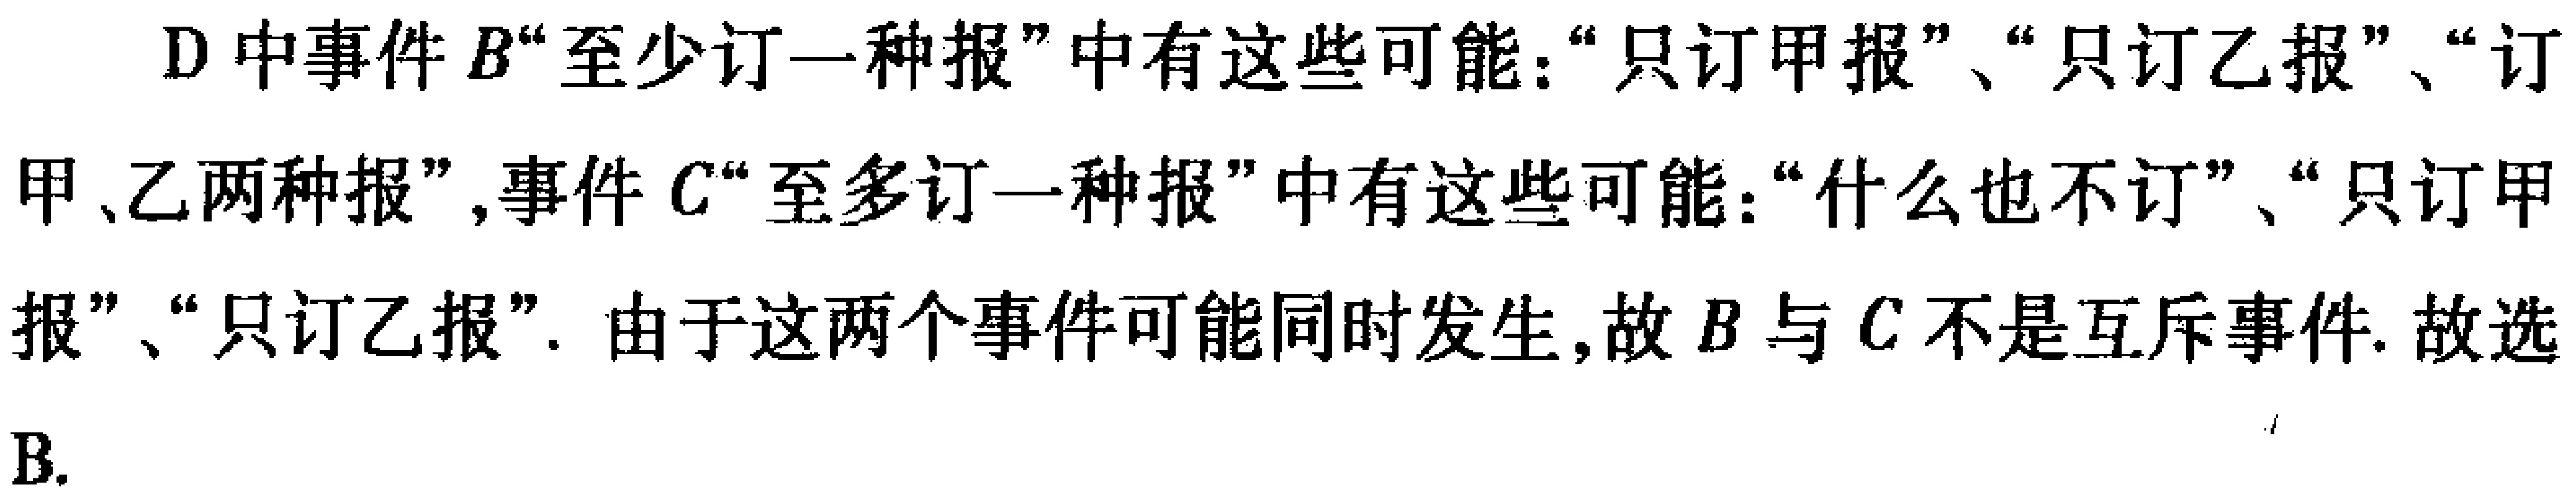
D中事件\(B\)“至少订一种报”中有这些可能：“只订甲报”、“只订乙报”、“订甲、乙两种报”,事件\(C\)“至多订一种报”中有这些可能：“什么也不订”、“只订甲报”、“只订乙报”. 由于这两个事件可能同时发生,故\(B\)与\(C\)不是互斥事件. 故选B.